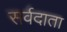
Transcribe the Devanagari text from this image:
सर्वदाता